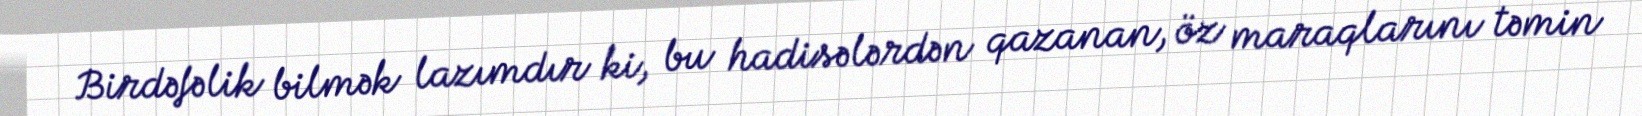
Birdəfəlik bilmək lazımdır ki, bu hadisələrdən qazanan, öz maraqlarını təmin